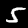
Label: 5